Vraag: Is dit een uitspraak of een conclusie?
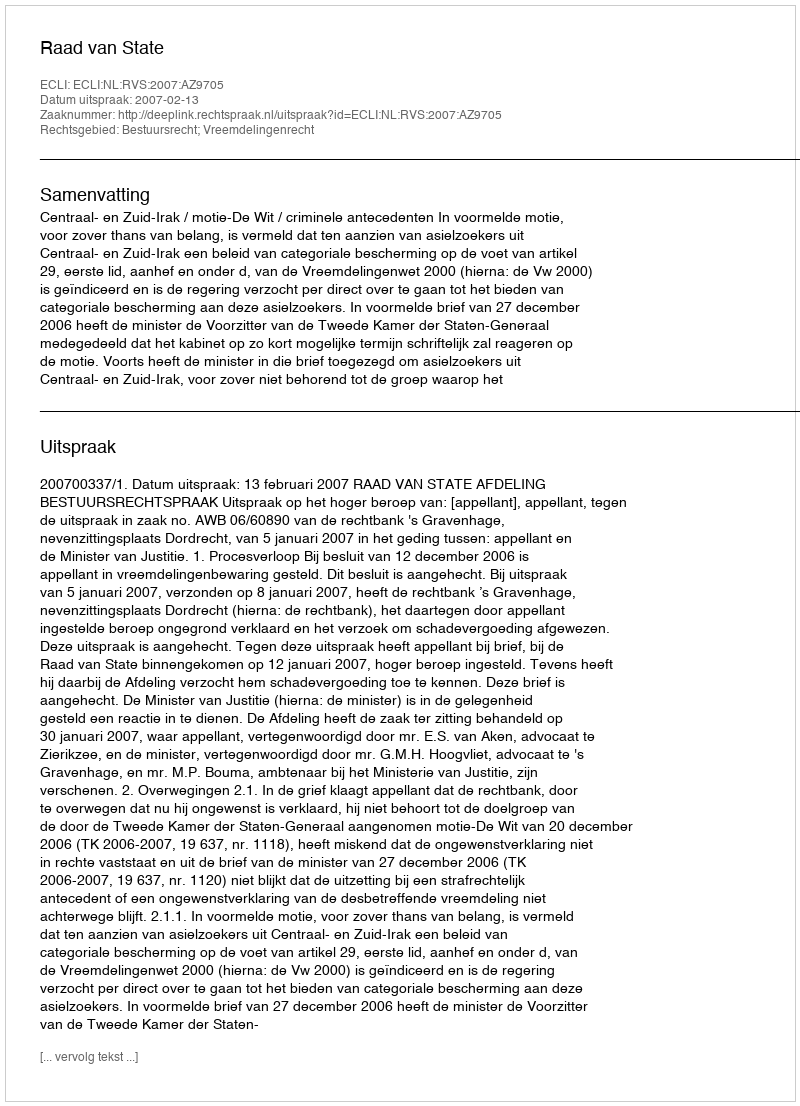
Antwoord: Uitspraak